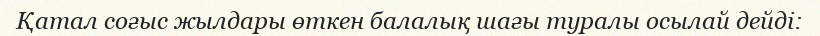
Қатал соғыс жылдары өткен балалық шағы туралы осылай дейді: